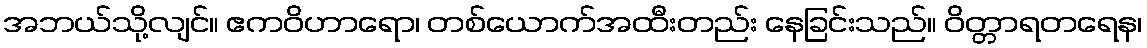
အဘယ်သို့လျင်။ ဧကဝိဟာရော၊ တစ်ယောက်အထီးတည်း နေခြင်းသည်။ ဝိတ္တာရတရေန၊